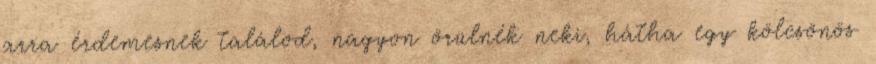
arra érdemesnek találod, nagyon örülnék neki, hátha egy kölcsönös